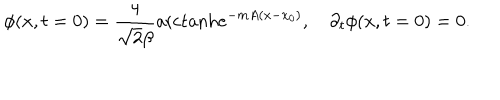
\phi ( x , t = 0 ) = { \frac { 4 } { \sqrt 2 \beta } } \mathrm { a r c t a n h } e ^ { - m A ( x - x _ { 0 } ) } , \quad \partial _ { t } \phi ( x , t = 0 ) = 0 .